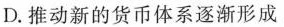
D.推动新的货币体系逐渐形成